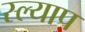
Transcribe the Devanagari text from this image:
स्ल्याप